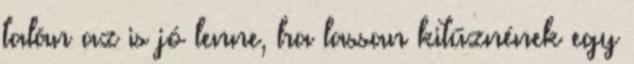
talán az is jó lenne, ha lassan kitűznének egy